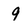
Character: 9